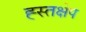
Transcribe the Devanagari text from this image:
ह्स्तक्षेप